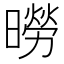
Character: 𪱌